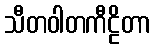
သီတဝါတကီဠိတာ